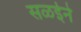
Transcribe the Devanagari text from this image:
सळईने